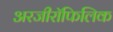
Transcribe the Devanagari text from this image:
अरजीरॉफिलिक